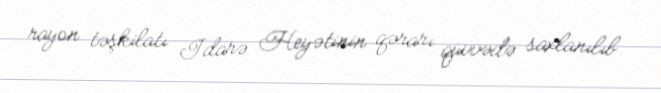
rayon təşkilatı İdarə Heyətinin qərarı qüvvədə saxlanılıb.